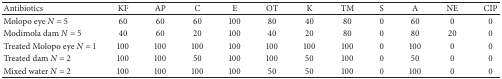
<table><thead><tr><td><b>Antibiotics</b></td><td><b>KF</b></td><td><b>AP</b></td><td><b>C</b></td><td><b>E</b></td><td><b>OT</b></td><td><b>K</b></td><td><b>TM</b></td><td><b>S</b></td><td><b>A</b></td><td><b>NE</b></td><td><b>CIP</b></td></tr></thead><tbody><tr><td>Molopo eye <i>N</i> = 5</td><td> 60</td><td> 60</td><td> 60</td><td>100</td><td> 80</td><td> 40</td><td> 80</td><td> 0</td><td> 60</td><td> 0</td><td> 0</td></tr><tr><td>Modimola dam <i>N</i> = 5</td><td> 40</td><td> 60</td><td> 20</td><td>100</td><td> 40</td><td> 20</td><td> 80</td><td> 0</td><td> 80</td><td>20</td><td> 0</td></tr><tr><td>Treated Molopo eye <i>N</i> = 1</td><td>100</td><td>100</td><td>100</td><td>100</td><td>100</td><td>100</td><td>100</td><td> 0</td><td>100</td><td> 0</td><td> 0</td></tr><tr><td>Treated dam <i>N</i> = 2</td><td>100</td><td>100</td><td> 50</td><td>100</td><td>100</td><td>50</td><td>100</td><td> 0</td><td>50</td><td> 0</td><td> 0</td></tr><tr><td>Mixed water <i>N</i> = 2</td><td>100</td><td>100</td><td>100</td><td>100</td><td>50</td><td>50</td><td>100</td><td> 0</td><td>100</td><td> 0</td><td> 0</td></tr></tbody></table>